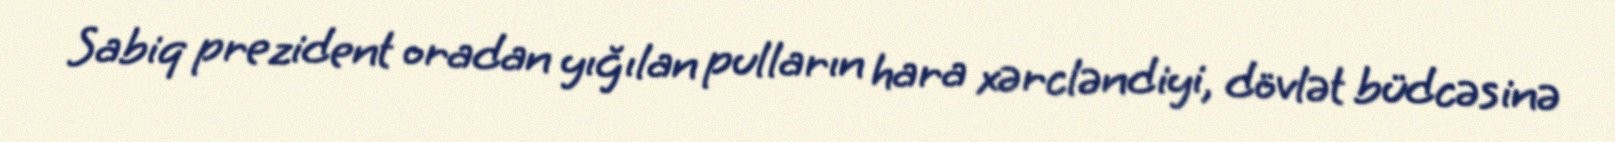
Sabiq prezident oradan yığılan pulların hara xərcləndiyi, dövlət büdcəsinə